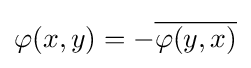
\varphi (x,y)=-{\overline {\varphi (y,x)}}